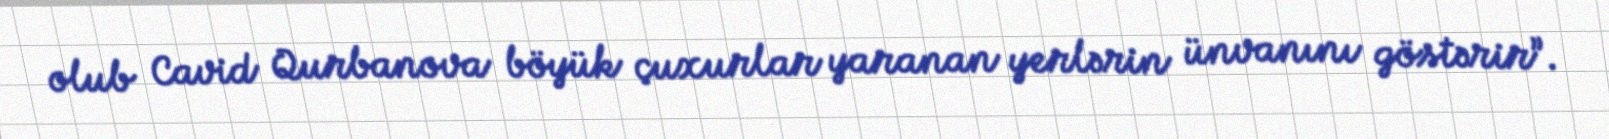
olub Cavid Qurbanova böyük çuxurlar yaranan yerlərin ünvanını göstərir”.